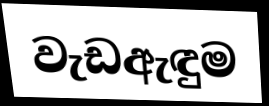
වැඩඇඳුම